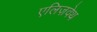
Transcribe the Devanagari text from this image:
एलिज़वेथ